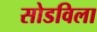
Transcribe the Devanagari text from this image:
सोडविला